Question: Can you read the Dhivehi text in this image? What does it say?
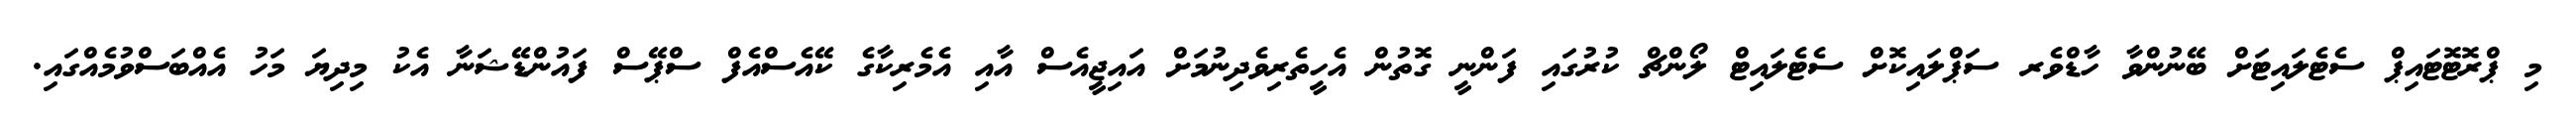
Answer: މި ޕްރޮޓޮޓައިޕް ސެޓެލައިޓަށް ބޭނުންވާ ހާޑްވެރ ސަޕްލައިކޮށް ސެޓެލައިޓް ލޯންޗް ކުރުގައި ފަންނީ ގޮތުން އެހީތެރިވެދިނުމަށް އައިޖީއެސް އާއި އެމެރިކާގެ ކޭއެސްއެފް ސްޕޭސް ފައުންޑޭޝަނާ އެކު މިދިޔަ މަހު އެއްބަސްވުމެއްގައި.